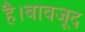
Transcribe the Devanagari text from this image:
है।बावजूद